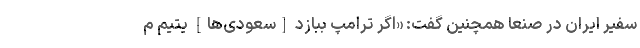
سفیر ایران در صنعا همچنین گفت: «اگر ترامپ ببازد [سعودی‌ها] یتیم م